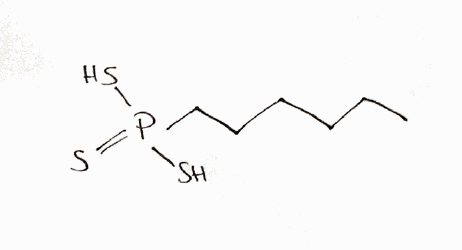
Simplified molecular-input line-entry system (SMILES) notation of the given molecule:
CCCCCCP(=S)(S)S